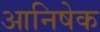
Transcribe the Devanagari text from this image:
आनिषेक